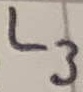
Text: L3